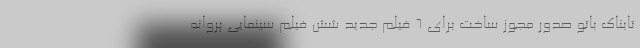
تابناک باتو صدور مجوز ساخت برای 6 فیلم جدید شش فیلم سینمایی پروانه